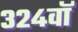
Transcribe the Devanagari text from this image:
३२४वॉ